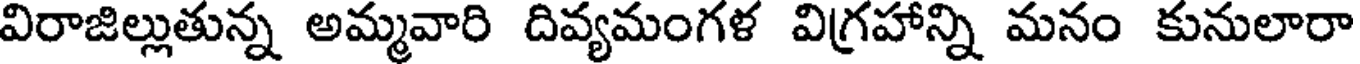
విరాజిల్లుతున్న అమ్మవారి దివ్యమంగళ విగ్రహాన్ని మనం కునులారా